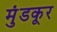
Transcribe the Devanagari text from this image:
मुंडकूर